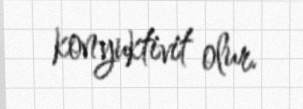
konyuktivit olur.